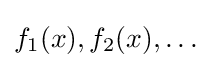
f_{1}(x),f_{2}(x),\dots